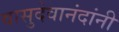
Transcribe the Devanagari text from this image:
वासुदेवानंदांनी